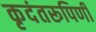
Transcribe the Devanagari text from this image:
कृदंतरूपिणी